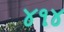
૪૧૪